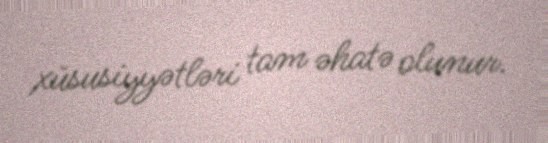
xüsusiyyətləri tam əhatə olunur.